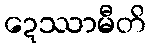
ဍေဿာမီတိ